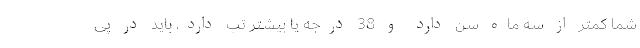
شما کمتر از سه ماه سن دارد و 38 درجه یا بیشتر تب دارد، باید در پی